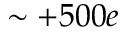
\sim + 5 0 0 e